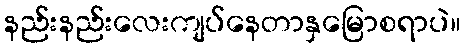
နည်းနည်းလေးကျပ်နေတာနှမြောစရာပဲ။